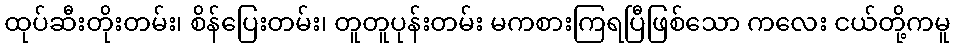
ထုပ်ဆီးတိုးတမ်း၊ စိန်ပြေးတမ်း၊ တူတူပုန်းတမ်း မကစားကြရပြီဖြစ်သော ကလေး ငယ်တို့ကမူ